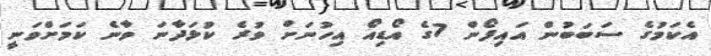
އެކަމުގެ ސަބަބުން އައިފޯން 7ގެ އޯޑިއޯ އިހުނަށް ވުރެ ކުޅަދާނަ ވާނެ ކަމަށްވަނީ